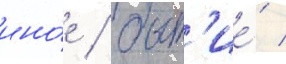
ино́е / быт'ие́ /